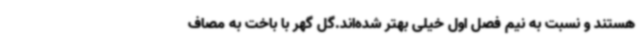
هستند و نسبت به نیم فصل اول خیلی بهتر شده‌اند.گل گهر با باخت به مصاف